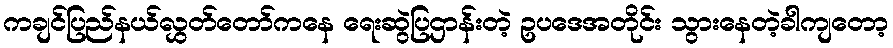
ကချင်ပြည်နယ်လွှတ်တော်ကနေ ရေးဆွဲပြဌာန်းတဲ့ ဥပဒေအတိုင်း သွားနေတဲ့ခါကျတော့